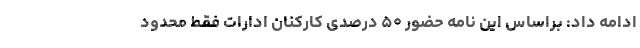
ادامه داد: براساس این نامه حضور ۵۰ درصدی کارکنان ادارات فقط محدود